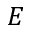
E